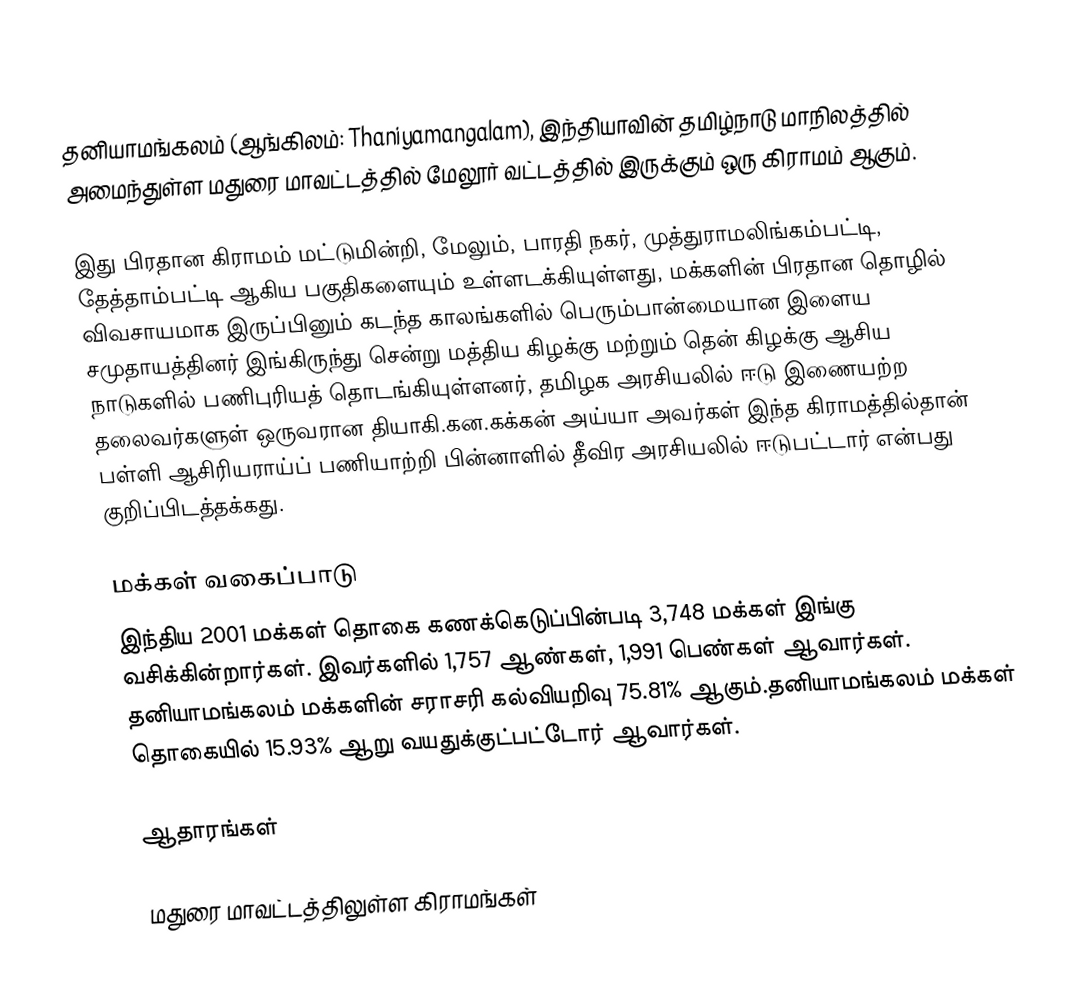
தனியாமங்கலம்  (ஆங்கிலம்: Thaniyamangalam), இந்தியாவின் தமிழ்நாடு மாநிலத்தில் அமைந்துள்ள மதுரை மாவட்டத்தில் மேலூர் வட்டத்தில் இருக்கும் ஒரு கிராமம் ஆகும்.

இது பிரதான கிராமம் மட்டுமின்றி, மேலும், பாரதி நகர், முத்துராமலிங்கம்பட்டி, தேத்தாம்பட்டி ஆகிய பகுதிகளையும் உள்ளடக்கியுள்ளது, மக்களின் பிரதான தொழில் விவசாயமாக இருப்பினும் கடந்த காலங்களில் பெரும்பான்மையான இளைய சமுதாயத்தினர் இங்கிருந்து சென்று மத்திய கிழக்கு மற்றும் தென் கிழக்கு ஆசிய நாடுகளில் பணிபுரியத் தொடங்கியுள்ளனர், தமிழக அரசியலில் ஈடு இணையற்ற தலைவர்களுள் ஒருவரான தியாகி.கன.கக்கன் அய்யா அவர்கள் இந்த கிராமத்தில்தான் பள்ளி ஆசிரியராய்ப் பணியாற்றி பின்னாளில் தீவிர அரசியலில் ஈடுபட்டார் என்பது குறிப்பிடத்தக்கது.

மக்கள் வகைப்பாடு
இந்திய 2001 மக்கள் தொகை கணக்கெடுப்பின்படி 3,748 மக்கள் இங்கு வசிக்கின்றார்கள். இவர்களில் 1,757 ஆண்கள், 1,991 பெண்கள் ஆவார்கள். தனியாமங்கலம் மக்களின் சராசரி கல்வியறிவு 75.81% ஆகும்.தனியாமங்கலம் மக்கள் தொகையில் 15.93% ஆறு வயதுக்குட்பட்டோர் ஆவார்கள்.

ஆதாரங்கள்

மதுரை மாவட்டத்திலுள்ள கிராமங்கள்